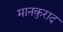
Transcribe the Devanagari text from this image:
मानकुराद